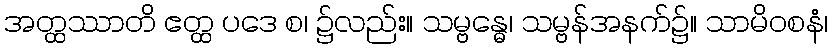
အတ္ထဿာတိ ဧတ္ထ ပဒေ စ၊ ၌လည်း။ သမ္ဗန္ဓေ၊ သမ္ဗန်အနက်၌။ သာမိဝစနံ၊